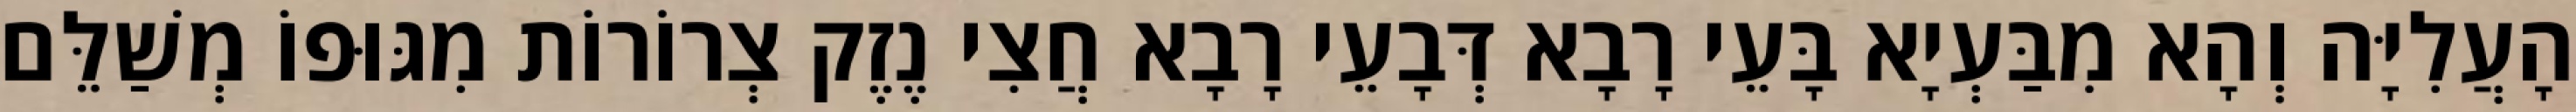
הָעֲלִיָּה וְהָא מִבַּעְיָא בָּעֵי רָבָא דְּבָעֵי רָבָא חֲצִי נֶזֶק צְרוֹרוֹת מִגּוּפוֹ מְשַׁלֵּם